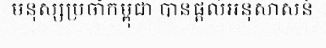
មនុស្សប្រចាំកម្ពុជា បានផ្តល់អនុសាសន៍